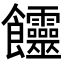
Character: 𩟽